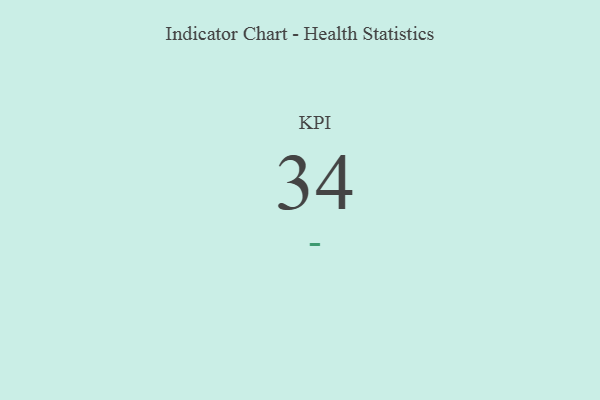
{"axis": {"x": "KPI", "y": "Value"}, "legend": [""], "data": [{"x": "KPI", "y": 34, "type": ""}]}